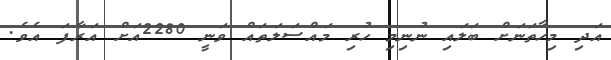
އަދި މިހާތަނަށް ބަލައި ނުނިމި ހުރި މައްސަލަތައް ވަނީ 2280އަށް އަރާފަ އެވެ.